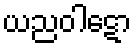
ယညဝါဋော